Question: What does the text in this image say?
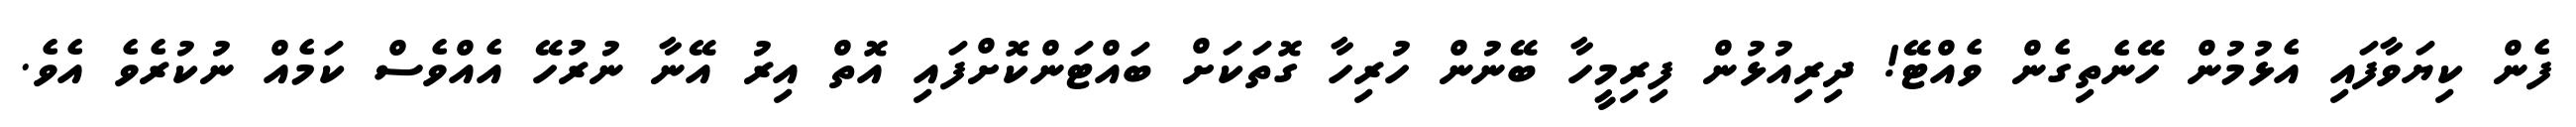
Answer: ފެން ކިޔަވާފައި އެޅުމުން ހޭނެތިގެން ވެއްޓޭ! ދިރިއުޅުން ފިރިމީހާ ބޭނުން ހުރިހާ ގޮތަކަށް ބައްޓަންކޮށްފައި އޮތް އިރު އޭނާ ނުރުހޭ އެއްވެސް ކަމެއް ނުކުރެވެ އެވެ.